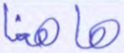
هاهنا